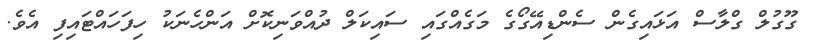
ގޫގުލް ގްލާސް އަޅައިގެން ސެންޑިއޭގޯގެ މަގެއްގައި ސައިކަލް ދުއްވަނިކޮށް އަންހެނަކު ހިފަހައްޓައިފި އެވެ.